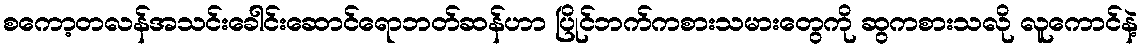
စကော့တလန်အသင်းခေါင်းဆောင်ရောဘတ်ဆန်ဟာ ပြိုင်ဘက်ကစားသမားတွေကို ဆွကစားသလို လူကောင်နဲ့